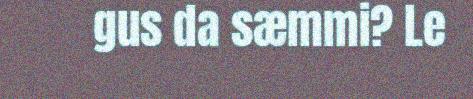
gus da sæmmi? Le